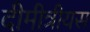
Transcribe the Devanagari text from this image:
दीमीत्रीयस